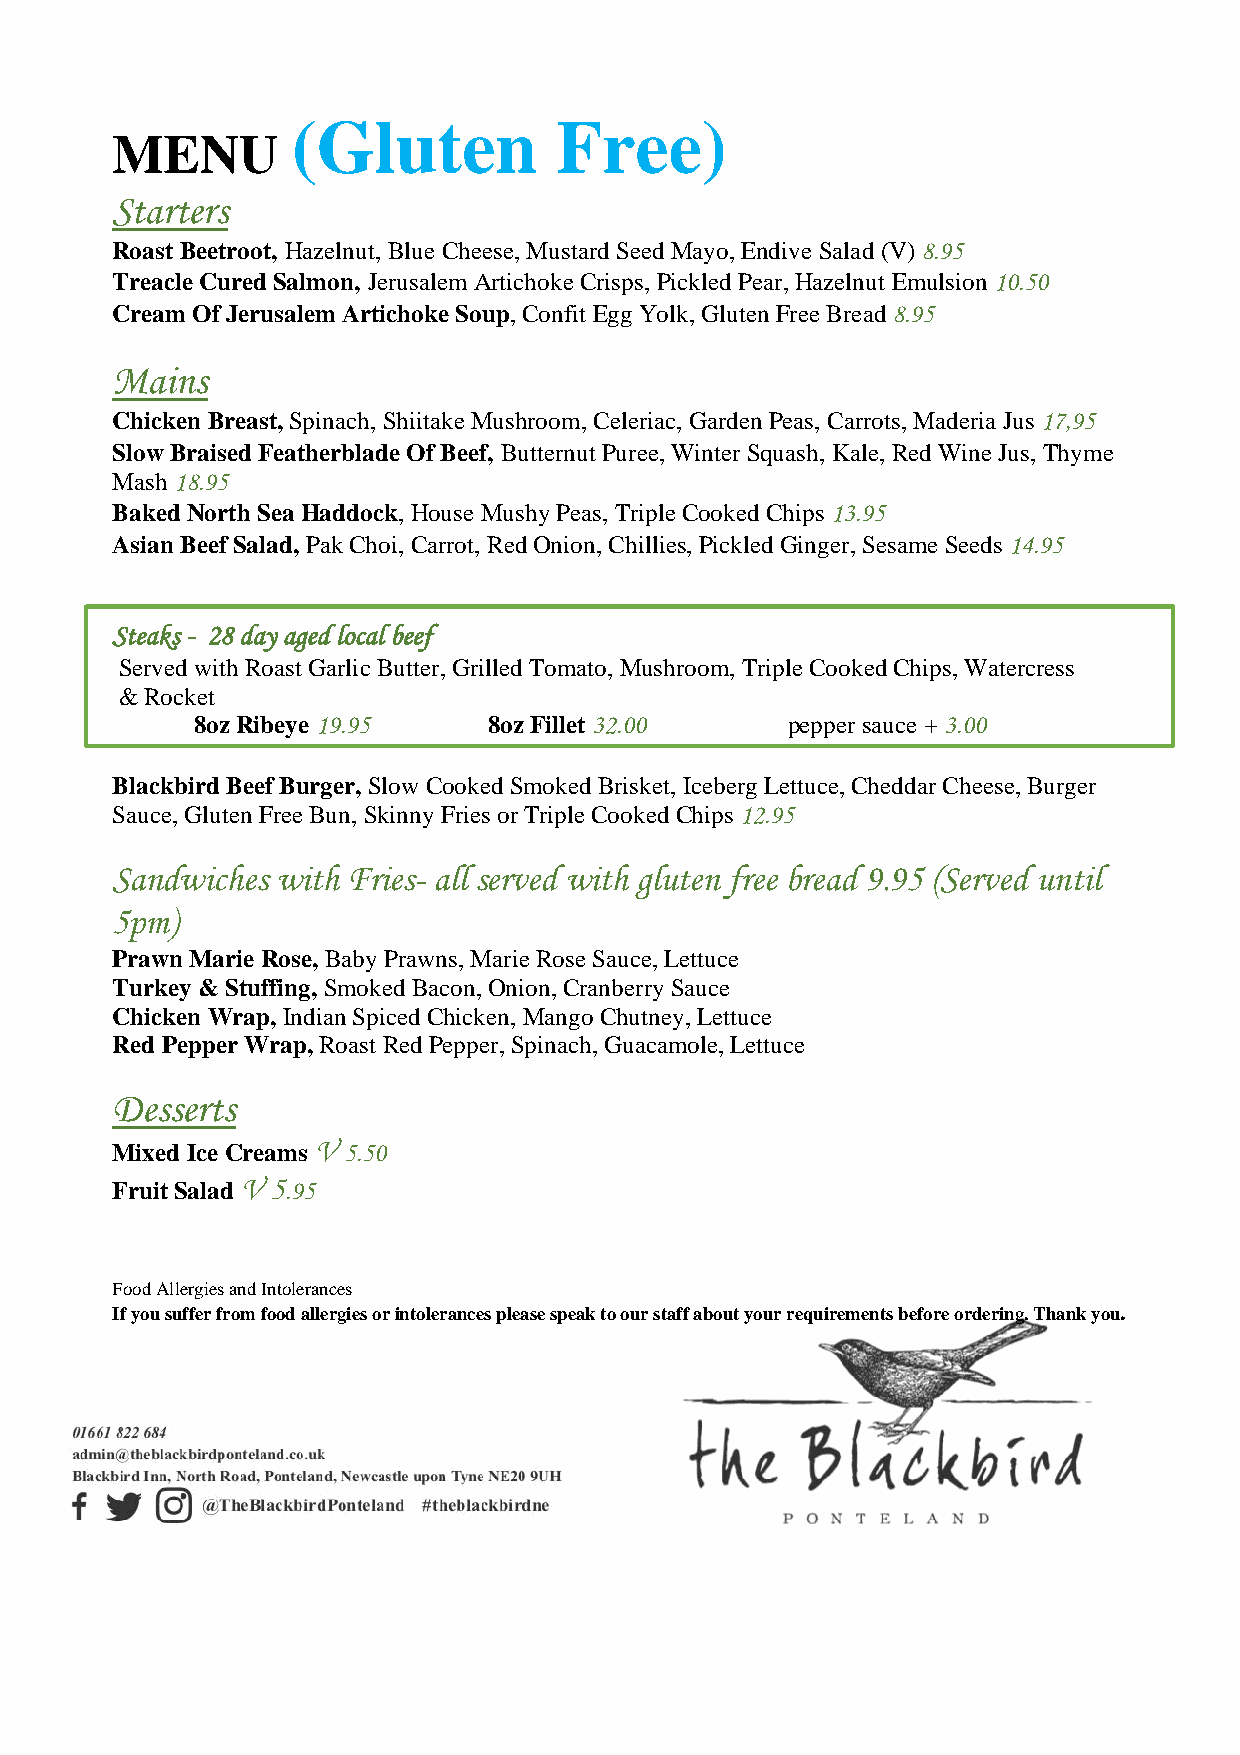
(Gluten           Free)
 MENU
 Starters
 Roast Beetroot, Hazelnut, Blue Cheese, Mustard Seed Mayo, Endive Salad (V) 8.95
 Treacle Cured Salmon, Jerusalem Artichoke Crisps, Pickled Pear, Hazelnut Emulsion 10.50
 Cream Of Jerusalem Artichoke Soup, Confit Egg Yolk, Gluten Free Bread 8.95
 Mains
 Chicken Breast, Spinach, Shiitake Mushroom, Celeriac, Garden Peas, Carrots, Maderia Jus 17,95
 Slow Braised Featherblade Of Beef, Butternut Puree, Winter Squash, Kale, Red Wine Jus, Thyme
 Mash 18.95
 Baked North Sea Haddock, House Mushy Peas, Triple Cooked Chips 13.95
 Asian Beef Salad, Pak Choi, Carrot, Red Onion, Chillies, Pickled Ginger, Sesame Seeds 14.95
 Steaks - 28 day aged local beef
 Served with Roast Garlic Butter, Grilled Tomato, Mushroom, Triple Cooked Chips, Watercress
 & Rocket
 8oz Ribeye 19.95   8oz Fillet 32.00    pepper sauce + 3.00
 Blackbird Beef Burger, Slow Cooked Smoked Brisket, Iceberg Lettuce, Cheddar Cheese, Burger
 Sauce, Gluten Free Bun, Skinny Fries or Triple Cooked Chips 12.95
 Sandwiches with Fries- all served with gluten free bread 9.95 (Served until
 5pm)
 Prawn Marie Rose, Baby Prawns, Marie Rose Sauce, Lettuce
 Turkey & Stuffing, Smoked Bacon, Onion, Cranberry Sauce
 Chicken Wrap, Indian Spiced Chicken, Mango Chutney, Lettuce
 Red Pepper Wrap, Roast Red Pepper, Spinach, Guacamole, Lettuce
 Desserts
 Mixed Ice Creams V 5.50
 Fruit Salad V 5.95
 Food Allergies and Intolerances
 If you suffer from food allergies or intolerances please speak to our staff about your requirements before ordering. Thank you.